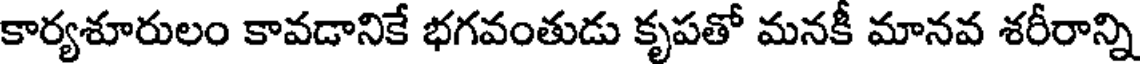
కార్యశూరులం కావడానికే భగవంతుడు కృపతో మనకీ మానవ శరీరాన్ని